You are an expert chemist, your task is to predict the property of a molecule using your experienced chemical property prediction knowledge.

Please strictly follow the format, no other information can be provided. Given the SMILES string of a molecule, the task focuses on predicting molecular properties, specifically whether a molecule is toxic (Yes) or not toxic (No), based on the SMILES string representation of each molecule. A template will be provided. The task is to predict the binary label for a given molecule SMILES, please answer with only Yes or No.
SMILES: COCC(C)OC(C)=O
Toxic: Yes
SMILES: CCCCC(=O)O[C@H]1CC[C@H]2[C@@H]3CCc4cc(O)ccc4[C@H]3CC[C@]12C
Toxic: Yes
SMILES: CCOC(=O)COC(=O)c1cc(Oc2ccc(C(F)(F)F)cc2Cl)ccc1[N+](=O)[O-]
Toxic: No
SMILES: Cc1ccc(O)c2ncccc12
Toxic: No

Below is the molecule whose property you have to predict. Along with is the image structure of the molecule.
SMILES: Cc1nnc(-c2ccccc2)c(=O)n1N
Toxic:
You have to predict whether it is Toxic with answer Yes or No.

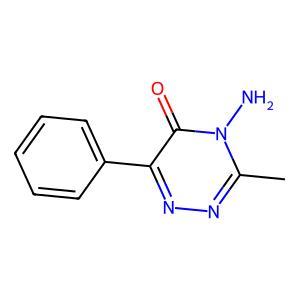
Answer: No